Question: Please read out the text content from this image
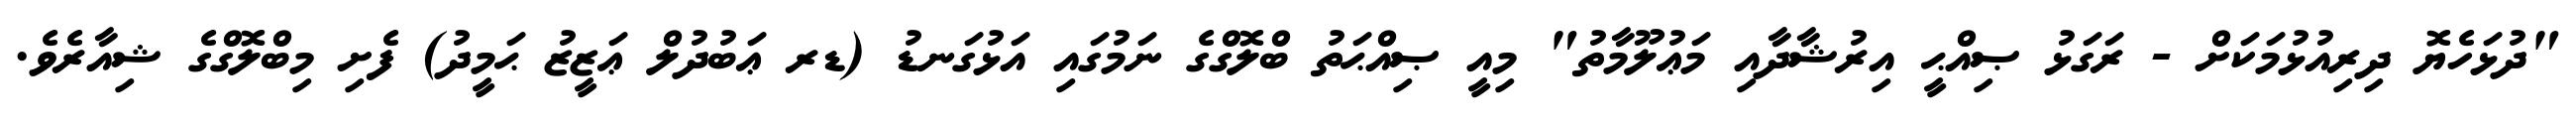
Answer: "ދުޅަހެޔޮ ދިރިއުޅުމަކަށް - ރަގަޅު ޞިއްޙީ އިރުޝާދާއި މަޢުލޫމާތު" މިއީ ޞިއްޙަތު ބްލޮގްގެ ނަމުގައި އަޅުގަނޑު (ޑރ ޢަބުދުލް ޢަޒީޒު ޙަމީދު) ފެށި މިބްލޮގްގެ ޝިއާރެވެ.